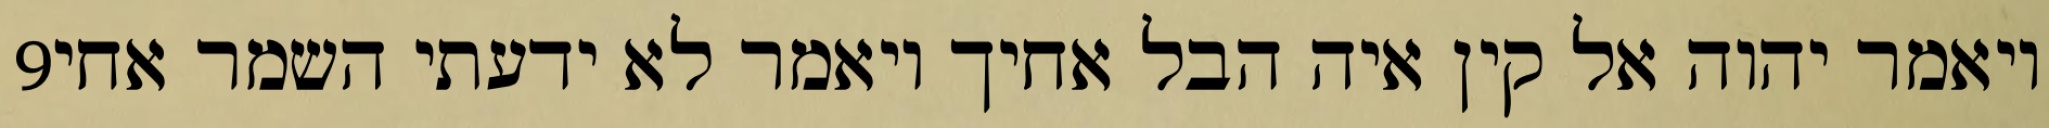
‎9‏ ויאמר יהוה אל קין איה הבל אחיך ויאמר לא ידעתי השמר אחי